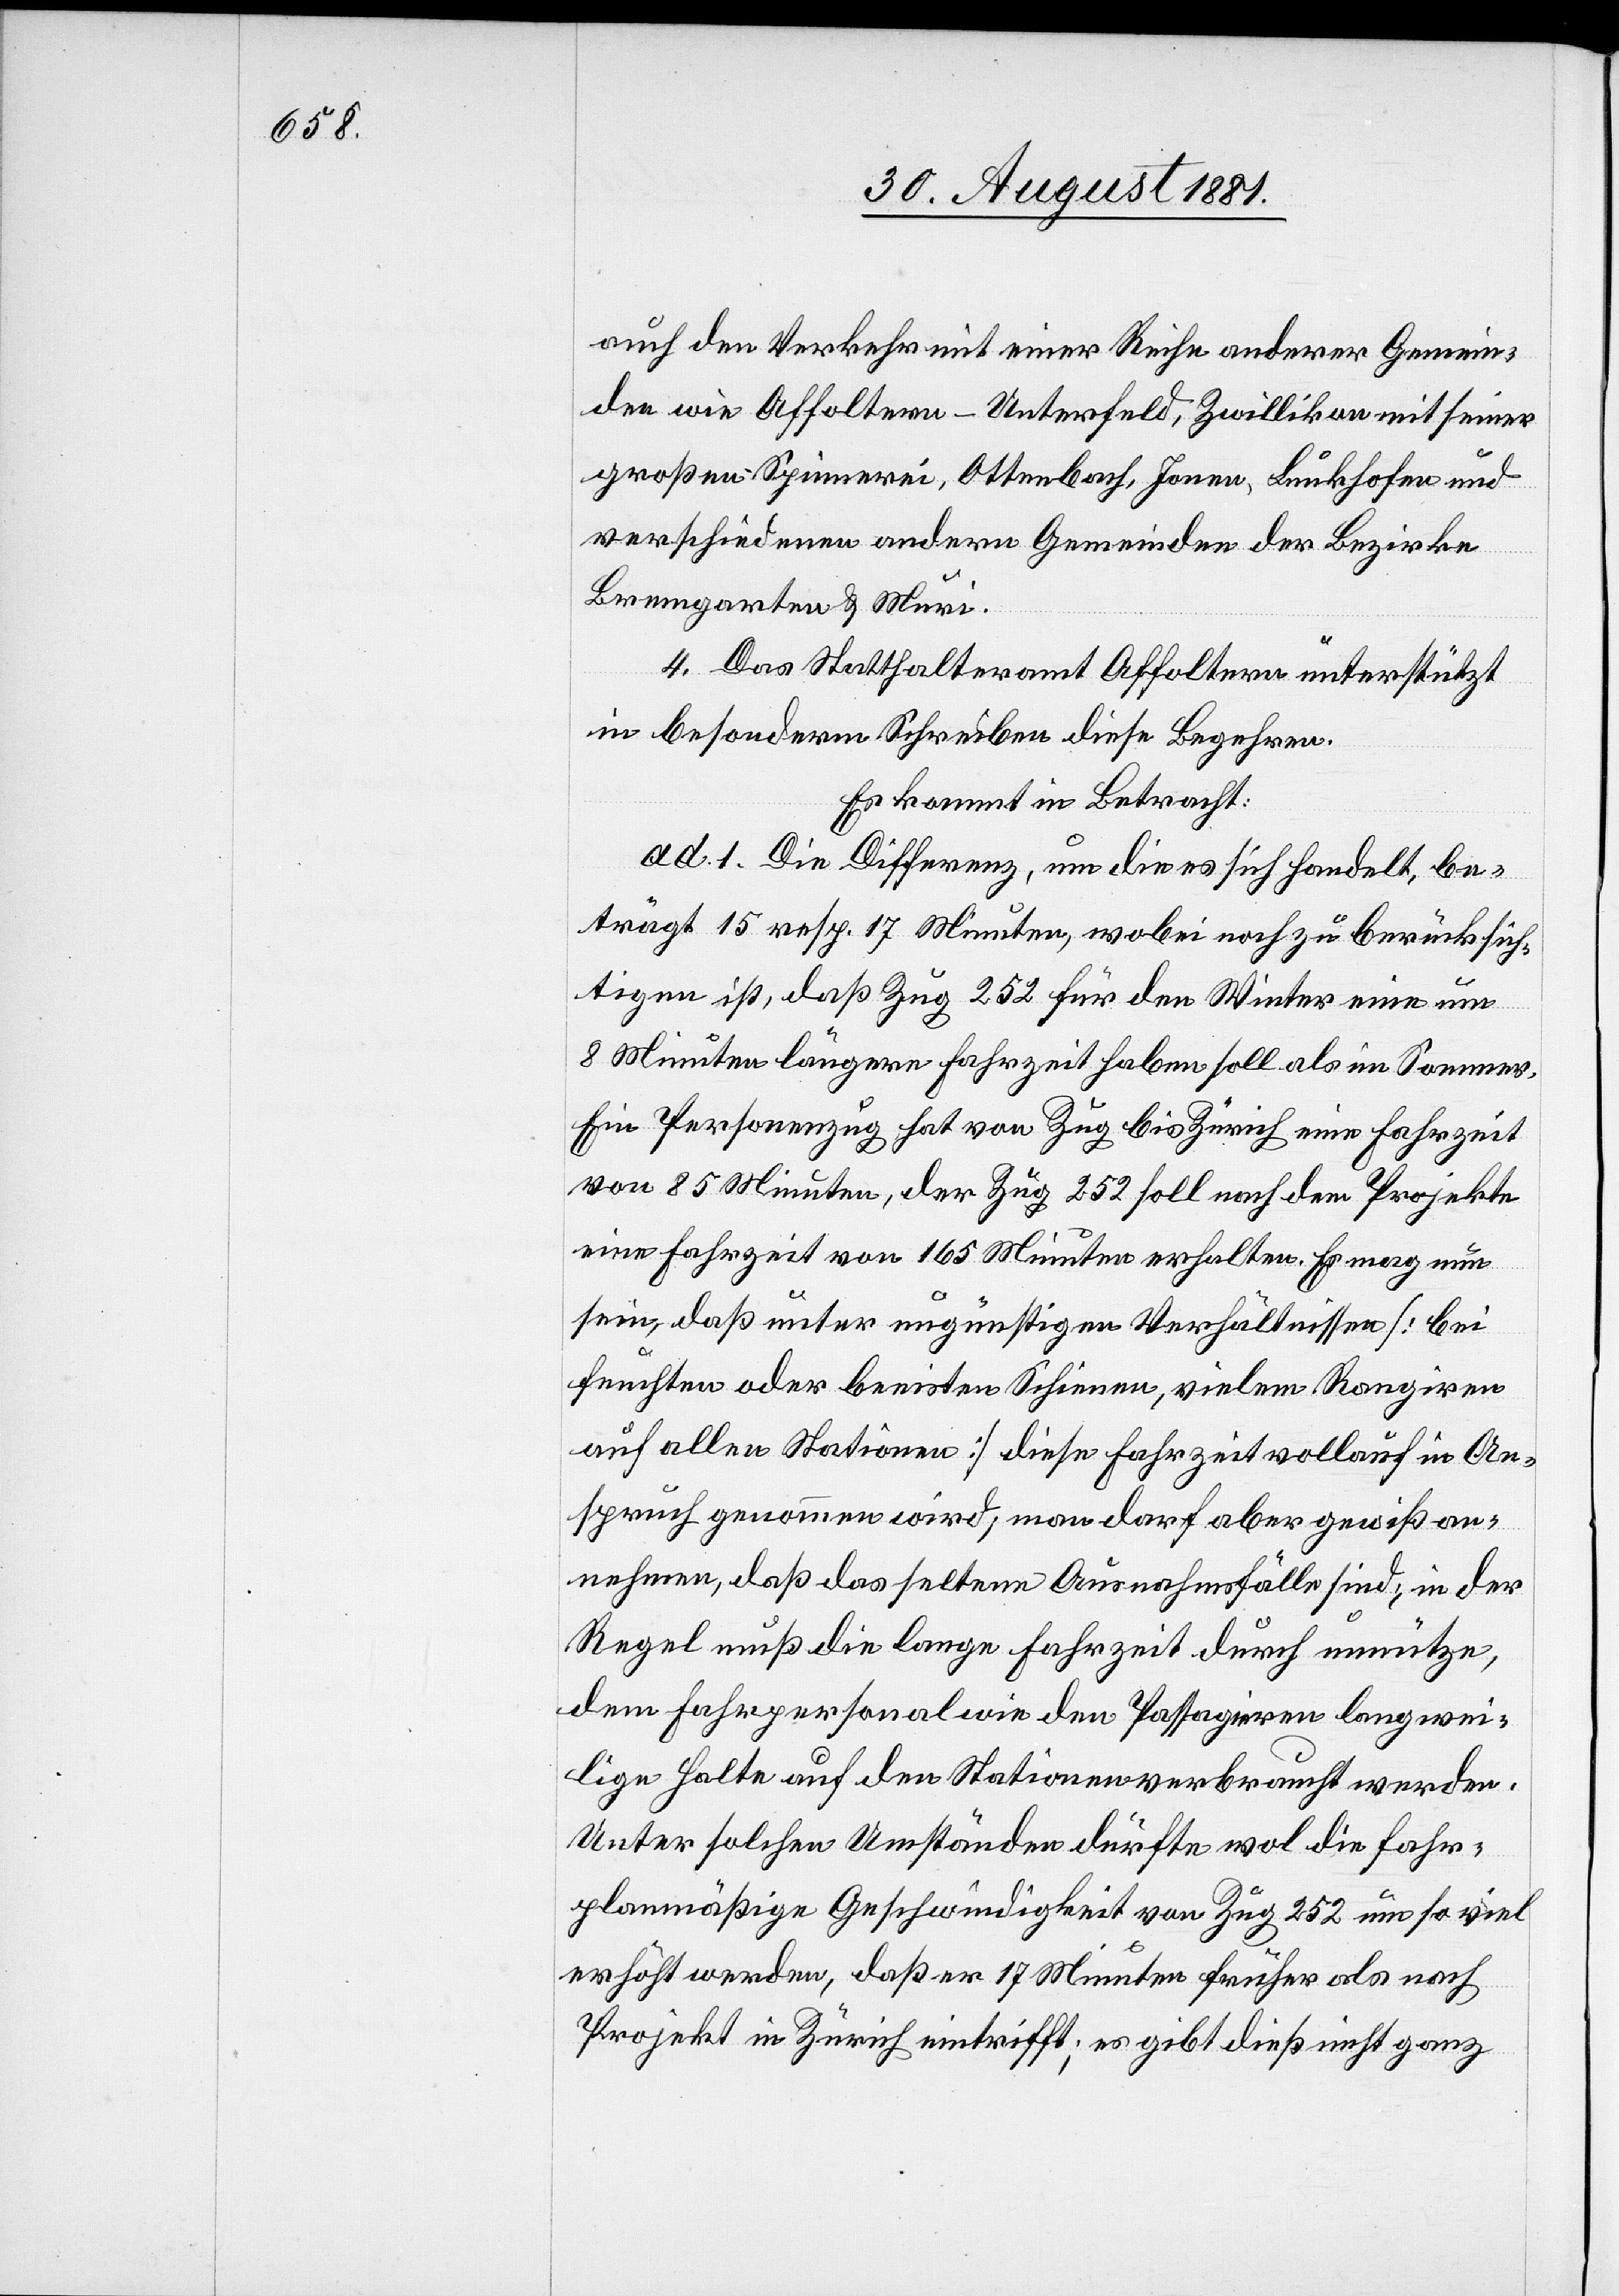
auch den Verkehr mit einer Reihe anderer Gemein¬
den wie Affoltern - Unterfeld, Zwillikon mit seiner
großen Spinnerei, Ottenbach, Jonen, Buckhofen und
verschiedenen andern Gemeinden der Bezirke
Bremgarten & Muri.
4. Das Statthalteramt Affoltern unterstützt
in besonderm Schreiben diese Begehren.
Es kommt in Betracht:
ad. 1. Die Differenz, um die es sich handelt, be¬
trägt 15 resp. 17 Minuten, wobei noch zu berücksich¬
tigen ist, daß Zug 252 für den Winter eine um
8 Minuten längere Fahrzeit haben soll als im Sommer.
Ein Personenzug hat von Zug bis Zürich eine Fahrzeit
von 85 Minuten, der Zug 252 soll nach dem Projekte
eine Fahrzeit von 165 Minuten erhalten. Es mag nun
sein, daß unter ungünstigen Verhältnissen [¨bei
feuchten oder beeisten Schienen, vielem Rangiren
auf allen Stationen] diese Fahrzeit vollauf in An¬
spruch genommen wird; man darf aber gewiß an¬
nehmen, daß das seltene Ausnahmefälle sind; in der
Regel muß die lange Fahrzeit durch unnütze
dem Fahrpersonal wie den Passagieren langwei¬
lige Halte auf den Stationen verbraucht werden.
Unter solchen Umständen dürfte wol die fahr¬
planmäßige Geschwindigkeit von Zug 252 um so viel
erhöht werden, daß er 17 Minuten früher als nach
Projekt in Zürich eintrifft; es gibt dieß nicht ganz